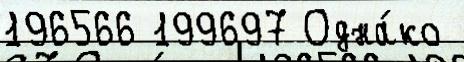
196566 199697 Одна́ко